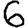
Digit: 6